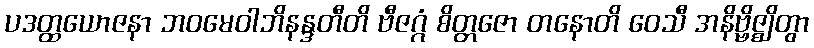
ပဒတ္ထယောဇနာ ဘဝမေဝါဘိနန္ဒတီတိ ဗီဇဂ္ဂံ စိတ္တဇော တနောတိ ဝေသီ အနိဗ္ဗိဇ္ဈိတွာ